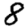
Digit: 8